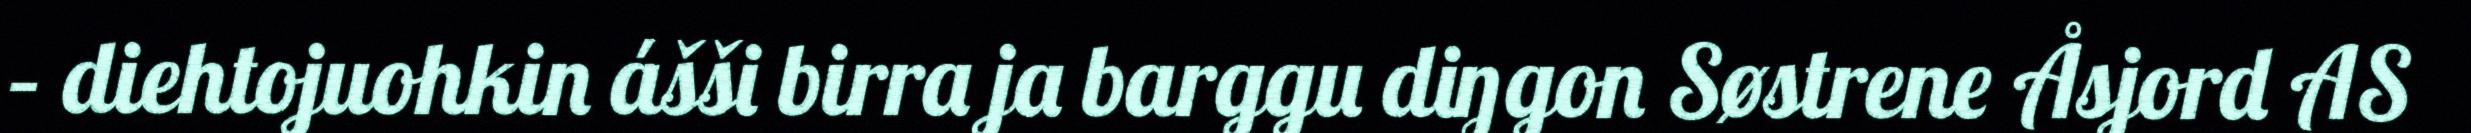
– diehtojuohkin ášši birra ja barggu diŋgon Søstrene Åsjord AS